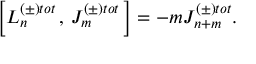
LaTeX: \left[ L _ { n } ^ { \left( \pm \right) t o t } \, , \, J _ { m } ^ { \left( \pm \right) t o t } \, \right] = - m J _ { n + m } ^ { \left( \pm \right) t o t } .